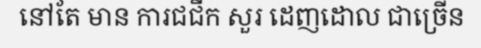
នៅតែ មាន ការជជីក សួរ ដេញដោល ជាច្រើន